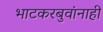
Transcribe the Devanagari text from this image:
भाटकरबुवांनाही